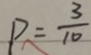
P = \frac { 3 } { 1 0 }